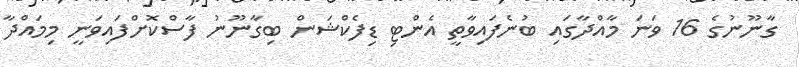
ގާނޫނުގެ 16 ވަނަ މާއްދާގައި ބުނެފައިވާތީ އެންޓި ޑިފެކްޝަން ބިގާނޫނު ފާސްކޮށްފައިވަނީ މިމައްދާ